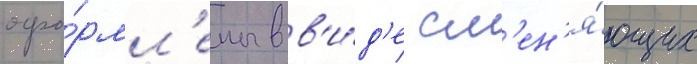
офо́рмл'ены в в'и́д'е см'ен'я́ющих